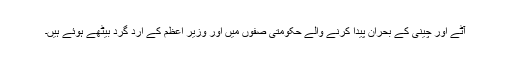
آٹے اور چینی کے بحران پیدا کرنے والے حکومتی صفوں میں اور وزیر اعظم کے ارد گرد بیٹھے ہوئے ہیں۔